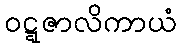
ဝဋ္ဋဇာလိကာယံ